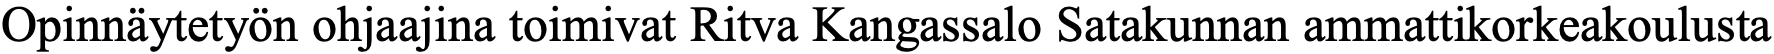
Opinnäytetyön ohjaajina toimivat Ritva Kangassalo Satakunnan ammattikorkeakoulusta